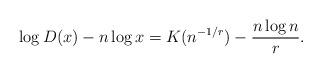
LaTeX: \begin{align*}\log D(x)-n\log x= K(n^{-1/r})-\frac{n\log n}{r}.\end{align*}